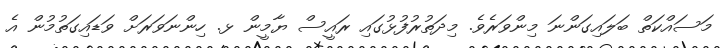
މަސައްކަތް ބަލައިގަންނަ މިންވަރެވެ. މިދަތުރުފުޅުގައި ރައީސް ޔާމީން ޅ. ހިންނަވަރަށް ވަޑައިގަތުމުން އެ